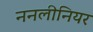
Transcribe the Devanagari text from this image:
ननलीनियर